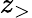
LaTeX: z_{>}